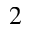
_ 2